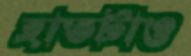
হাতটাও